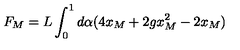
F _ { M } = L \int _ { 0 } ^ { 1 } d \alpha ( 4 x _ { M } + 2 g x _ { M } ^ { 2 } - 2 x _ { M } )